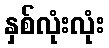
နှစ်လုံးလုံး